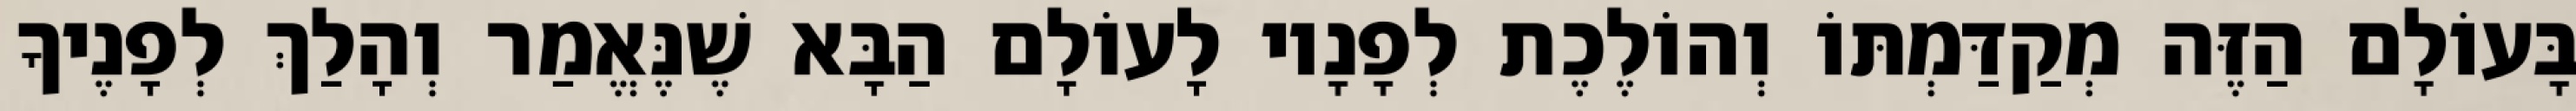
בָּעוֹלָם הַזֶּה מְקַדַּמְתּוֹ וְהוֹלֶכֶת לְפָנָיו לָעוֹלָם הַבָּא שֶׁנֶּאֱמַר וְהָלַךְ לְפָנֶיךָ